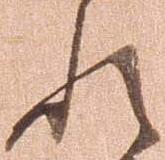
れ